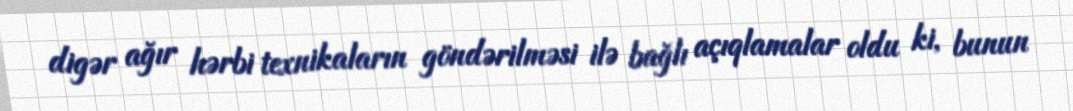
digər ağır hərbi texnikaların göndərilməsi ilə bağlı açıqlamalar oldu ki, bunun